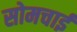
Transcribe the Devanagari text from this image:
सोमचाई